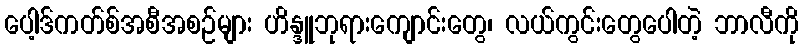
ပေါ့ဒ်ကတ်စ်အစီအစဉ်များ ဟိန္ဒူဘုရားကျောင်းတွေ၊ လယ်ကွင်းတွေပေါတဲ့ ဘာလီကို